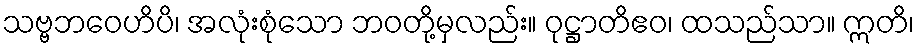
သဗ္ဗဘဝေဟိပိ၊ အလုံးစုံသော ဘဝတို့မှလည်း။ ဝုဋ္ဌာတိဧဝ၊ ထသည်သာ။ ဣတိ၊